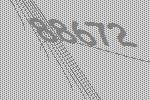
88672